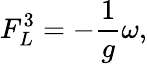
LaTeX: F_{L}^{3}=-\frac{1}{g}\omega,